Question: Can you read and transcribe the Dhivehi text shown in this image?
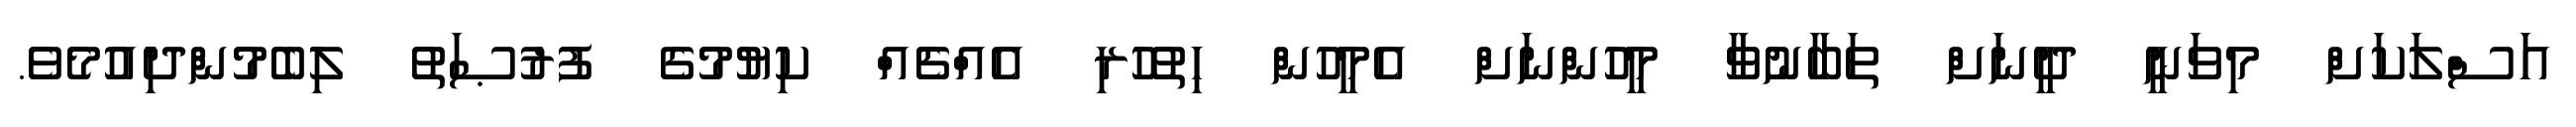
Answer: އަސްލަކަށް މިވަނީ ދީނަށް ތަބާނުވާ މީހުންނަށް އެމީހުން ހިތުހުރި އެއްޗެއް ކިޔުމުގެ ފުރުޞަތު ލިބެމުންދިއުމެވެ.